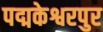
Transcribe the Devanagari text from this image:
पद्मकेश्वरपुर